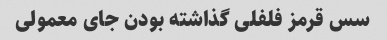
سس قرمز فلفلی گذاشته بودن جای معمولی